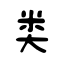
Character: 类